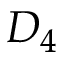
D _ { 4 }